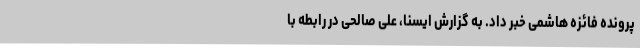
پرونده فائزه هاشمی خبر داد. به گزارش ایسنا، علی صالحی در رابطه با